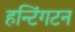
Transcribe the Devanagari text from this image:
हन्टिंगटन